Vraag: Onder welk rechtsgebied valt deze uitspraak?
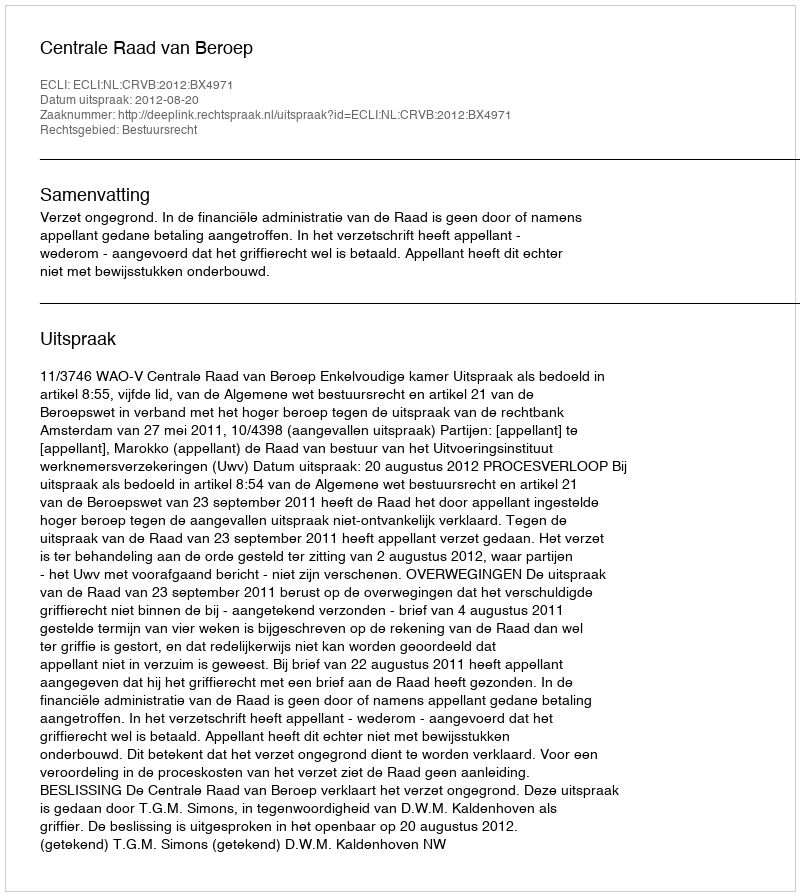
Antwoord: Bestuursrecht